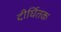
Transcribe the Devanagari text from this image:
दीर्घितक